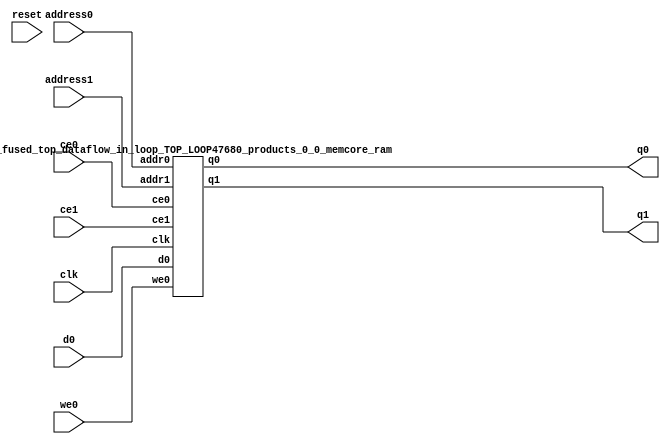
`define EXPONENT 5
`define MANTISSA 10
`define ACTUAL_MANTISSA 11
`define EXPONENT_LSB 10
`define EXPONENT_MSB 14
`define MANTISSA_LSB 0
`define MANTISSA_MSB 9
`define MANTISSA_MUL_SPLIT_LSB 3
`define MANTISSA_MUL_SPLIT_MSB 9
`define SIGN 1
`define SIGN_LOC 15
`define DWIDTH (`SIGN+`EXPONENT+`MANTISSA)
`define IEEE_COMPLIANCE 1

module td_fused_top_dataflow_in_loop_TOP_LOOP47680_products_0_0_memcore(
    reset,
    clk,
    address0,
    ce0,
    we0,
    d0,
    q0,
    address1,
    ce1,
    q1);

parameter DataWidth = 32'd16;
parameter AddressRange = 32'd64;
parameter AddressWidth = 32'd6;
input reset;
input clk;
input[AddressWidth - 1:0] address0;
input ce0;
input we0;
input[DataWidth - 1:0] d0;
output[DataWidth - 1:0] q0;
input[AddressWidth - 1:0] address1;
input ce1;
output[DataWidth - 1:0] q1;



td_fused_top_dataflow_in_loop_TOP_LOOP47680_products_0_0_memcore_ram td_fused_top_dataflow_in_loop_TOP_LOOP47680_products_0_0_memcore_ram_U(
    .clk( clk ),
    .addr0( address0 ),
    .ce0( ce0 ),
    .we0( we0 ),
    .d0( d0 ),
    .q0( q0 ),
    .addr1( address1 ),
    .ce1( ce1 ),
    .q1( q1 )
);

endmodule
module td_fused_top_dataflow_in_loop_TOP_LOOP47680_products_0_0_memcore_ram (addr0, ce0, d0, we0, q0, addr1, ce1, q1,  clk);

parameter DWIDTH = 16;
parameter AWIDTH = 6;
parameter MEM_SIZE = 64;

input[AWIDTH-1:0] addr0;
input ce0;
input[DWIDTH-1:0] d0;
input we0;
output reg[DWIDTH-1:0] q0;
input[AWIDTH-1:0] addr1;
input ce1;
output reg[DWIDTH-1:0] q1;
input clk;

reg [DWIDTH-1:0] ram[MEM_SIZE-1:0];




always @(posedge clk)  
begin 
    if (ce0) begin
        if (we0) 
            ram[addr0] <= d0; 
        q0 <= ram[addr0];
    end
end


always @(posedge clk)  
begin 
    if (ce1) begin
        q1 <= ram[addr1];
    end
end


endmodule